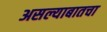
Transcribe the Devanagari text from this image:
असल्याबातचा